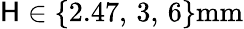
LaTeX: \mathsf{H}\in\{ 2.47,\, 3,\, 6\} \mathrm{{mm}}